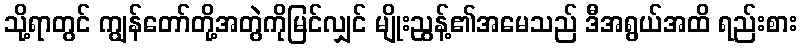
သို့ရာတွင် ကျွန်တော်တို့အတွဲကိုမြင်လျှင် မျိုးညွန့်၏အမေသည် ဒီအရွယ်အထိ ရည်းစား